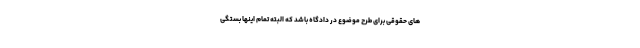
های حقوقی برای طرح موضوع در دادگاه باشد که البته تمام اینها بستگی